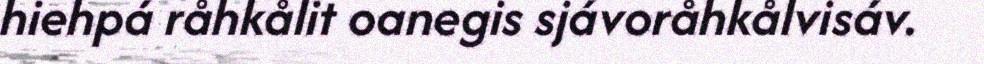
hiehpá råhkålit oanegis sjávoråhkålvisáv.